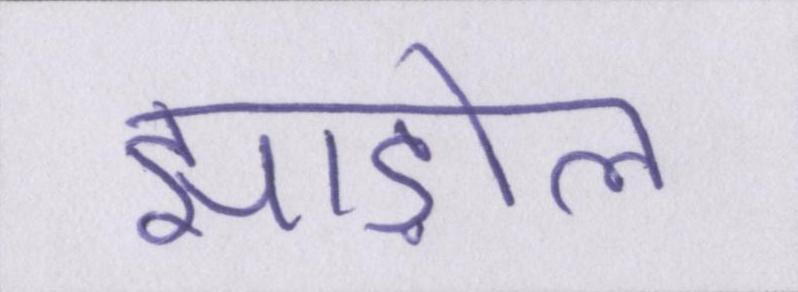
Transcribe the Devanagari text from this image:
झाड़ोल